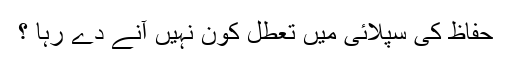
حفاظ کی سپلائی میں تعطل کون نہیں آنے دے رہا ؟